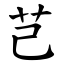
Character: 芑